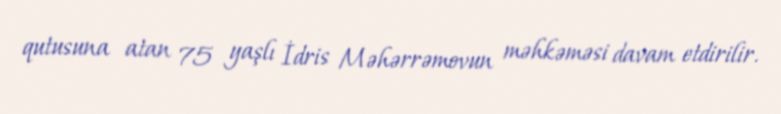
qutusuna atan 75 yaşlı İdris Məhərrəmovun məhkəməsi davam etdirilir.